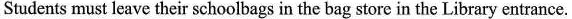
Students must leave their schoolbags in the bag store in the Library entrance.